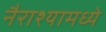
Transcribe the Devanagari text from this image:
नैराश्यामध्ये